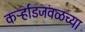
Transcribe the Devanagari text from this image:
कर्ऱ्हाडजवळच्या